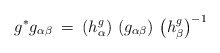
\begin{align*}g^* g_{\alpha \beta} \: = \: \left( h^g_{\alpha} \right) \,\left( g_{\alpha \beta} \right) \, \left( h^g_{\beta} \right)^{-1}\end{align*}